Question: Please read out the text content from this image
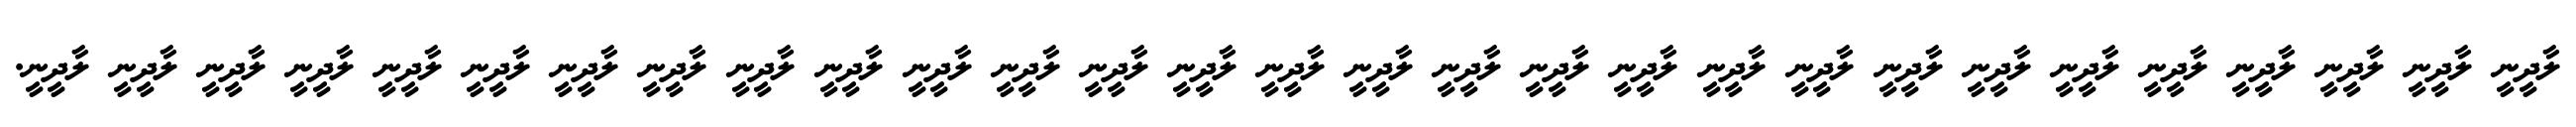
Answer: ލާދީނީ ލާދީނީ ލާދީނީ ލާދީނީ ލާދީނީ ލާދީނީ ލާދީނީ ލާދީނީ ލާދީނީ ލާދީނީ ލާދީނީ ލާދީނީ ލާދީނީ ލާދީނީ ލާދީނީ ލާދީނީ ލާދީނީ ލާދީނީ ލާދީނީ ލާދީނީ ލާދީނީ ލާދީނީ ލާދީނީ ލާދީނީ ލާދީނީ ލާދީނީ ލާދީނީ ލާދީނީ ލާދީނީ.